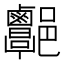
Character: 𨟩